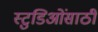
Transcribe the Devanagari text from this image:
स्टुडिओंसाठी